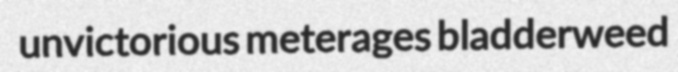
unvictorious meterages bladderweed